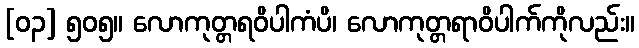
[၀၃] ၅၀၅။ လောကုတ္တရဝိပါကံပိ၊ လောကုတ္တရာဝိပါက်ကိုလည်း။